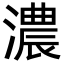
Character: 濃